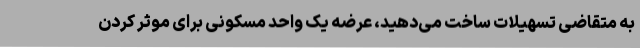
به متقاضی تسهیلات ساخت می‌دهید، عرضه یک واحد مسکونی برای موثر کردن